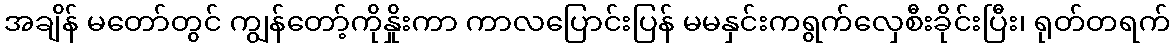
အချိန် မတော်တွင် ကျွန်တော့်ကိုနှိုးကာ ကာလပြောင်းပြန် မမနှင်းကရွက်လှေစီးခိုင်းပြီး၊ ရုတ်တရက်